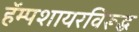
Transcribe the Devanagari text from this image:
हॅम्पशायरविरूद्ध